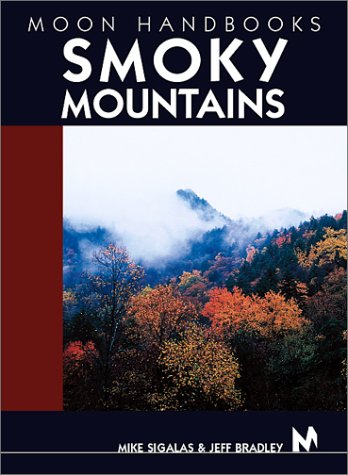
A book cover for Moon Handbooks Smoky Mountains; Mike Sigalas; Travel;